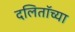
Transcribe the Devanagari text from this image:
दलिताॅच्या